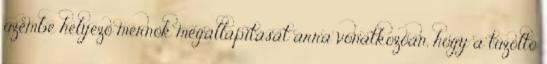
üzembe helyezõ mérnök megállapítását arra vonatkozóan, hogy a tûzoltó